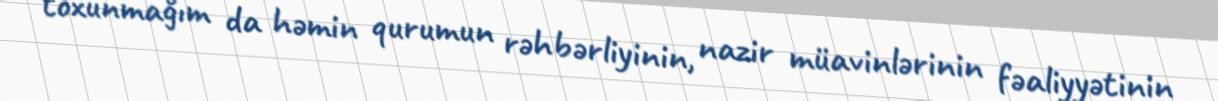
toxunmağım da həmin qurumun rəhbərliyinin, nazir müavinlərinin fəaliyyətinin